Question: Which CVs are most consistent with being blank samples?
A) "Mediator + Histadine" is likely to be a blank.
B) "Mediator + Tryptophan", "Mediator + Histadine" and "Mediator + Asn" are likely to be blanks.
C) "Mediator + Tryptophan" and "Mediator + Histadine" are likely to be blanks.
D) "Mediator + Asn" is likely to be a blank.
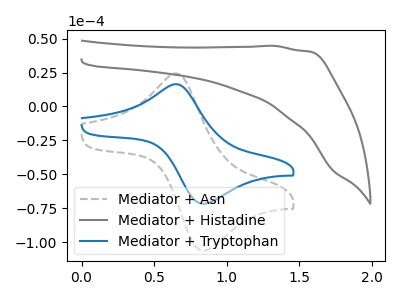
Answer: <think>The gray dashed curve "Mediator + Asn" has an anodic peak at (0.65V, 24.35uA) and a cathodic peak at (0.85V, -106.25uA). The gray curve "Mediator + Histadine" has no peaks. The blue curve "Mediator + Tryptophan" has an anodic peak at (0.65V, 16.45uA) and a cathodic peak at (0.85V, -71.70uA).</think>
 <answer>A) "Mediator + Histadine" is likely to be a blank.</answer>
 <eval>A</eval>